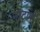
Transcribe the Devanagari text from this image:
नाटानी